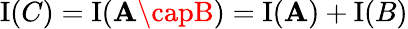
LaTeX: \operatorname{I}(C)=\operatorname{I}(\mathbf{A}\capB)=\operatorname{I}(\mathbf{A})+\operatorname{I}(B)